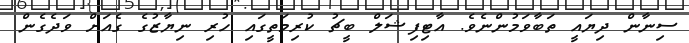
ސިނާން ދިޔައީ ތަބާވަމުންނެވެ. އާޓިފިޝަލް ބީޗު ކުރިމަތީގައި ހުރި ނިޔާޒުގެ ގެއަށް ވަދެގެން